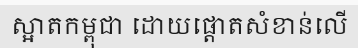
ស្អាតកម្ពុជា ដោយផ្តោតសំខាន់លើ